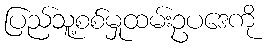
ပြည်သူ့စစ်မှုထမ်းဥပဒေကို